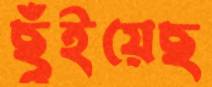
ছুঁইয়েছ